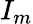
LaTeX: I_{m}